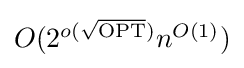
{\textstyle O(2^{o({\sqrt {\operatorname {OPT} }})}n^{O(1)})}